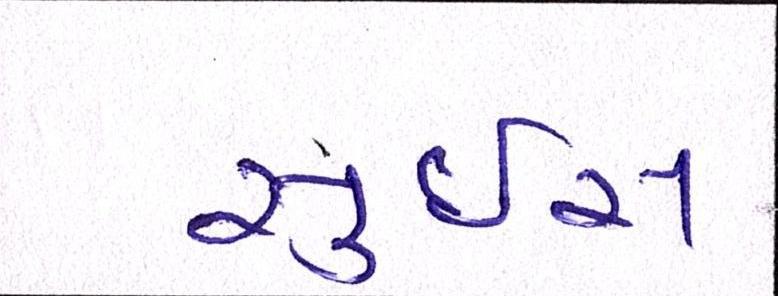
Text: સુઇસ